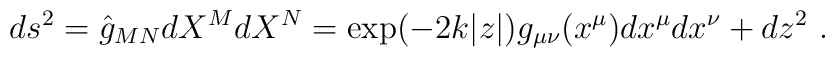
ds^2 = \hat{g}_{MN} dX^M dX^N =  \exp ( - 2 k |z| ) g_{\mu \nu} (x^{\mu} )  dx^{\mu} dx^{\nu}    + dz^2 ~.